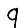
Digit: 9